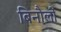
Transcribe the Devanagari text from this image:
बिनौलों